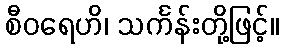
စီဝရေဟိ၊ သင်္ကန်းတို့ဖြင့်။